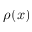
\rho ( x )